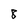
Character: 8